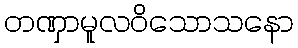
တဏှာမူလဝိသောသနော